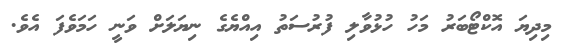
މިދިޔަ އޮކްޓޯބަރު މަހު ހުޅުވާލި ފުރުސަތު އިއްޔެގެ ނިޔަލަށް ވަނީ ހަމަވެފަ އެވެ.